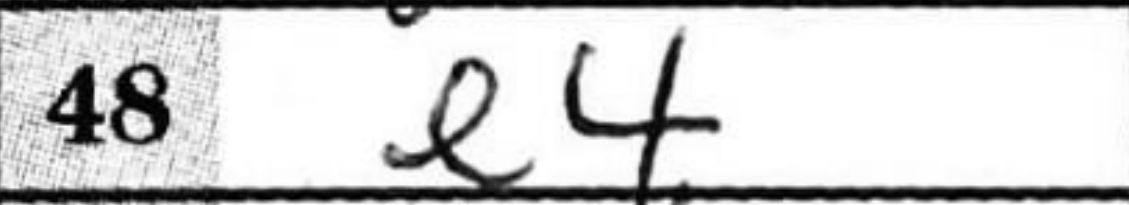
Transcription: e4